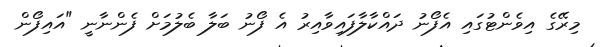
މިރޭގެ އިވެންޓުގައި އެފޯނު ދައްކާލާފައިވާއިރު އެ ފޯނު ބަލާ ބެލުމަށް ފެންނާނީ "އައިފޯން